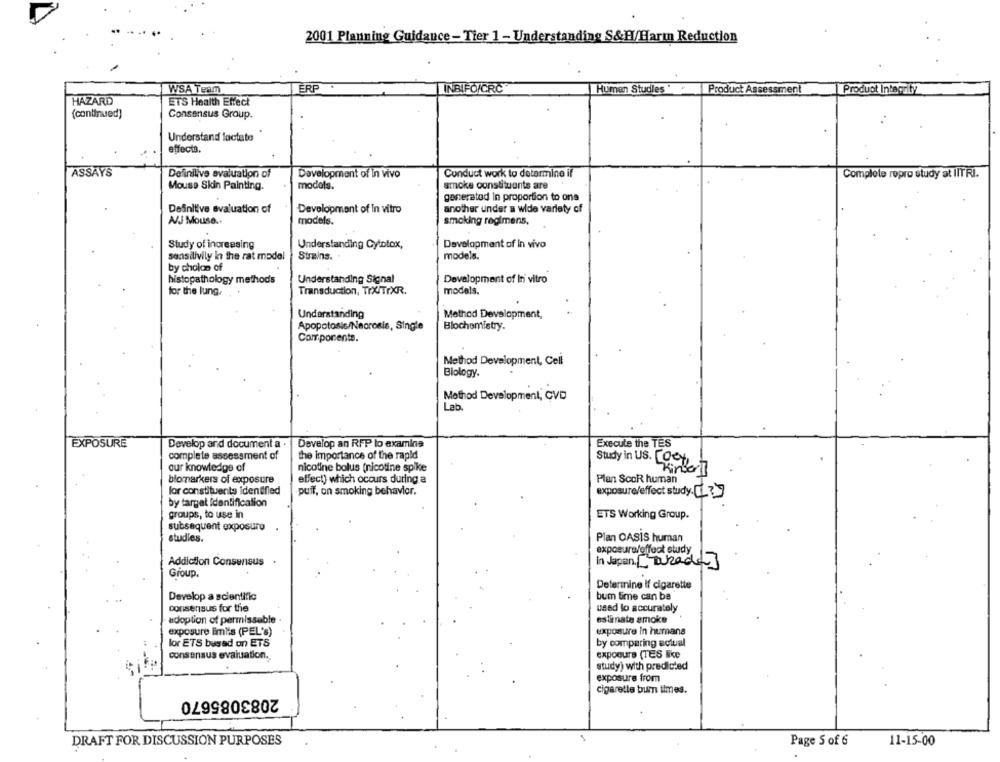
2001 Planning Guidance - Tier 1 - Understanding S&H/Harm Reduction
WSA Team
ERP
INBIFO/CRC
Human Studies
Product Assessment
Product Integrity
HAZARD
ET'S Health Effect
(continued)
Consensus Group.
Understand lactate
effects.
ASSAYS
Deiinilive svaluation of
Development of In vivo
Conduct work to determine if
Complete repro study at IITRI.
Mouse Skin Painting.
models.
smoke constituants are
generated In proportion to ona
Definitive evaluation of
Development of In vitro
another under a wide variety of
A/J Mouse ..
models.
smoking regimens,
Study of increasing
Understanding Cytotox,
Development of in vivo
sensitivily in the rat model
Strains.
models.
by choion of
histopathology methods
Understanding Signal
Development of In vitro
Transduction, TrX/TrXR.
models.
for the lung.
Understanding
Method Development,
Apopotosis/Necrosis, Single
Blochemistry.
Componente.
Method Development, Cell
Biology.
Method Development, CVD
Lab
Execute the TES
EXPOSURE
Develop and document a .
Develop an RFP to examine
complete assessment of
the importance of the rapid
Study in US. [Oct,
our knowledge of
nicotine bolus (nicotine spike
Kinder]
biomarkers of exposure
effect) which occurs during a
Plan ScoR human
for constituents identified
puif, on smoking behavior.
exposure/effect study.[?
by target Identification
groups, to use in
ETS Working Group.
subsequent exposure
studies.
Plan OASIS human
exposure/effect study
Addiction Consensus .
In Japan[ Tarada]
Group,
Determine if cigarette
Develop a scientific
bum time can be
Consensus for the
used lo accurately
adoption of permissable .
estinate smoke
exposure imi's (PEL's)
exposure In humans
lor ETS bused on ETS
by comparing actual
consensus evaluation.
exposure (TES like
study) with predicted
exposure from
2083085670
cigarette bum times.
DRAFT FOR DISCUSSION PURPOSES
Page S of 6
11-15-00